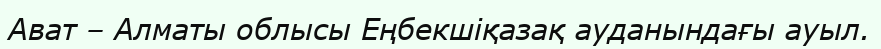
Ават – Алматы облысы Еңбекшіқазақ ауданындағы ауыл.